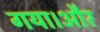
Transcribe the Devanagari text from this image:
गया।और